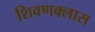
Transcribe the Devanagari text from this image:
शिवणक्लास